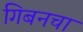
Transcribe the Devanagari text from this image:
गिबनचा